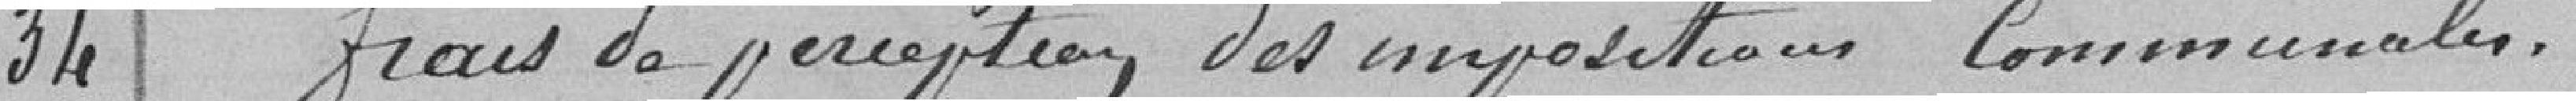
34 frais de perception des impositions communales.